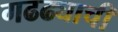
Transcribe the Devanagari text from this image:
गढढ्याची